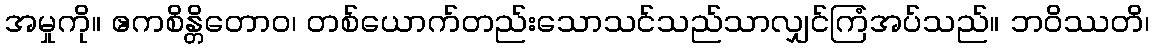
အမှုကို။ ဧကစိန္တိတောဝ၊ တစ်ယောက်တည်းသောသင်သည်သာလျှင်ကြံအပ်သည်။ ဘဝိဿတိ၊